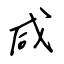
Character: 咸